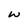
Character: w